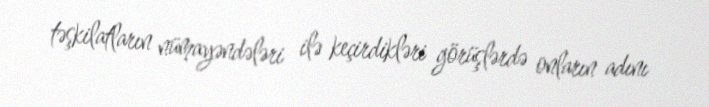
təşkilatların nümayəndələri ilə keçirdikləri görüşlərdə onların adını